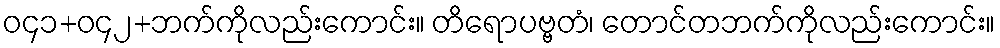
ဝ၄၁+ဝ၄၂+ဘက်ကိုလည်းကောင်း။ တိရောပဗ္ဗတံ၊ တောင်တဘက်ကိုလည်းကောင်း။